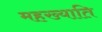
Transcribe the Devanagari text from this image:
महख्याति